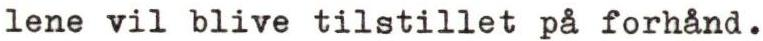
lene vil blive tilstillet på forhånd.